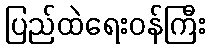
ပြည်ထဲရေးဝန်ကြီး